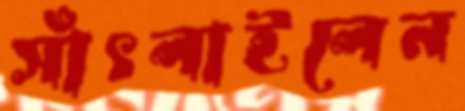
সাঁৎলাইলেন